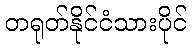
တရုတ်နိုင်ငံသားပိုင်